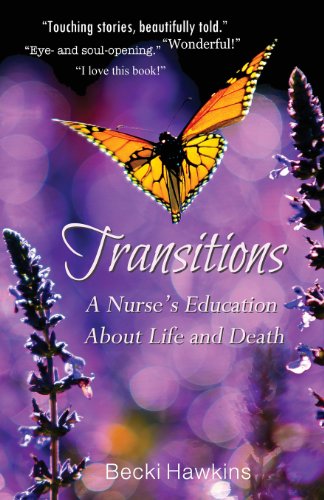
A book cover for Transitions: A Nurse's Education about Life and Death; Becki Hawkins; Medical Books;